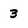
Character: 3